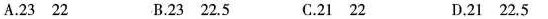
A.23 22 B.23 22.5 C.21 22 D.21 22.5